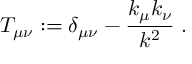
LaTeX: T _ { \mu \nu } : = \delta _ { \mu \nu } - \frac { k _ { \mu } k _ { \nu } } { k ^ { 2 } } \; .